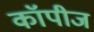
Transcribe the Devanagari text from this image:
कॉपीज